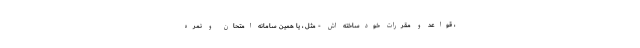
، قواعد و مقررات خودساخته اش - مثل ، یا همین سامانه امتحان و نمره